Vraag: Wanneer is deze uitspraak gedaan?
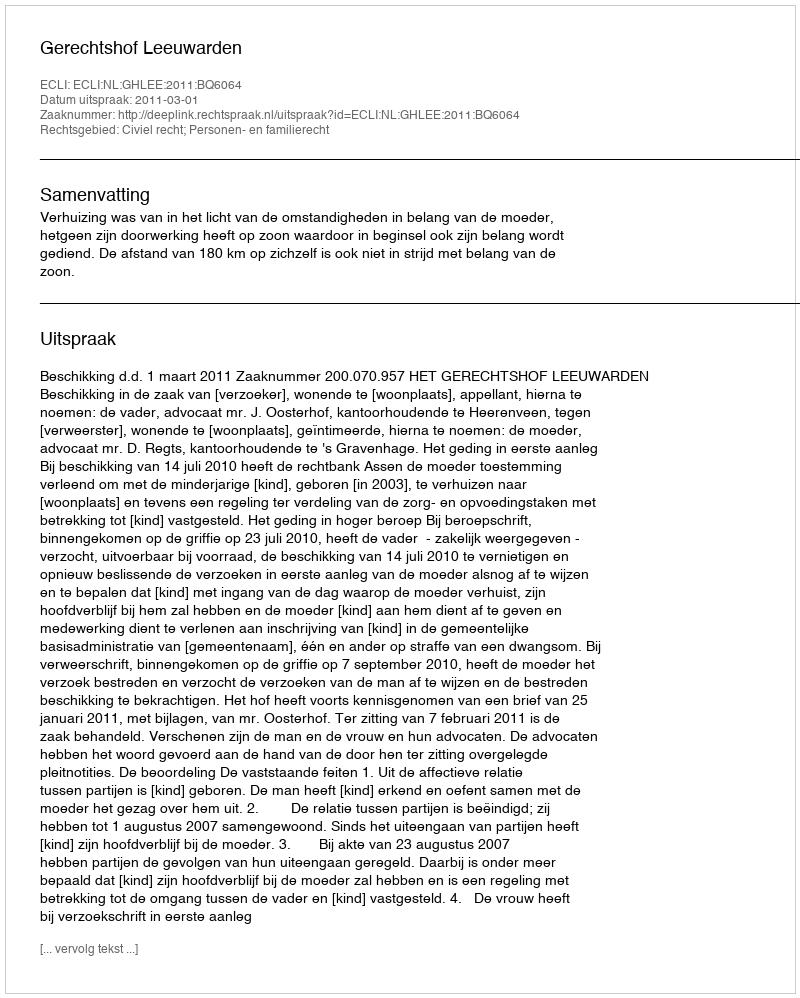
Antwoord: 2011-03-01